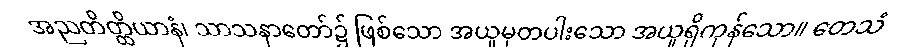
အညတိတ္ထိယာနံ၊ သာသနာတော်၌ ဖြစ်သော အယူမှတပါးသော အယူရှိကုန်သော။ တေသံ